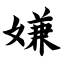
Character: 嫌